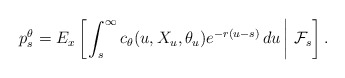
\begin{align*}p_s^{\theta}=E_x\left[ \left. \int_s^{\infty}c_{\theta}(u,X_u,\theta_u)e^{-r(u-s)}\,du\,\right\vert\,\mathcal{F}_{s}\right] . \end{align*}